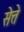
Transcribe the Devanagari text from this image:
सेत्ते